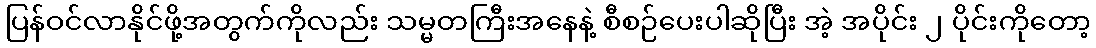
ပြန်ဝင်လာနိုင်ဖို့အတွက်ကိုလည်း သမ္မတကြီးအနေနဲ့ စီစဉ်ပေးပါဆိုပြီး အဲ့ အပိုင်း ၂ ပိုင်းကိုတော့